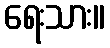
ရေးသား။